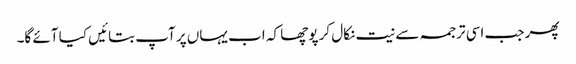
پھر جب اسی ترجمہ سے نیت نکال کر پوچھا کہ اب یہاں پر آپ بتائیں کیا آئے گا۔